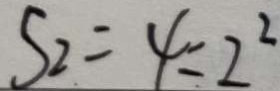
S _ { 2 } = 4 = 2 ^ { 2 }